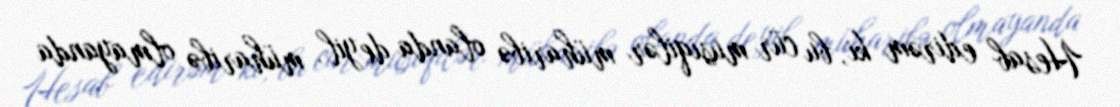
Hesab edirəm ki, bu cür musiqilər müharibə olanda deyil, müharibə olmayanda